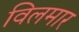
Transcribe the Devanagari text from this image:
विलमार